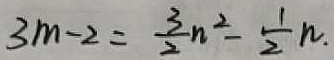
3 m - 2 = \frac { 3 } { 2 } n ^ { 2 } - \frac { 1 } { 2 } n .